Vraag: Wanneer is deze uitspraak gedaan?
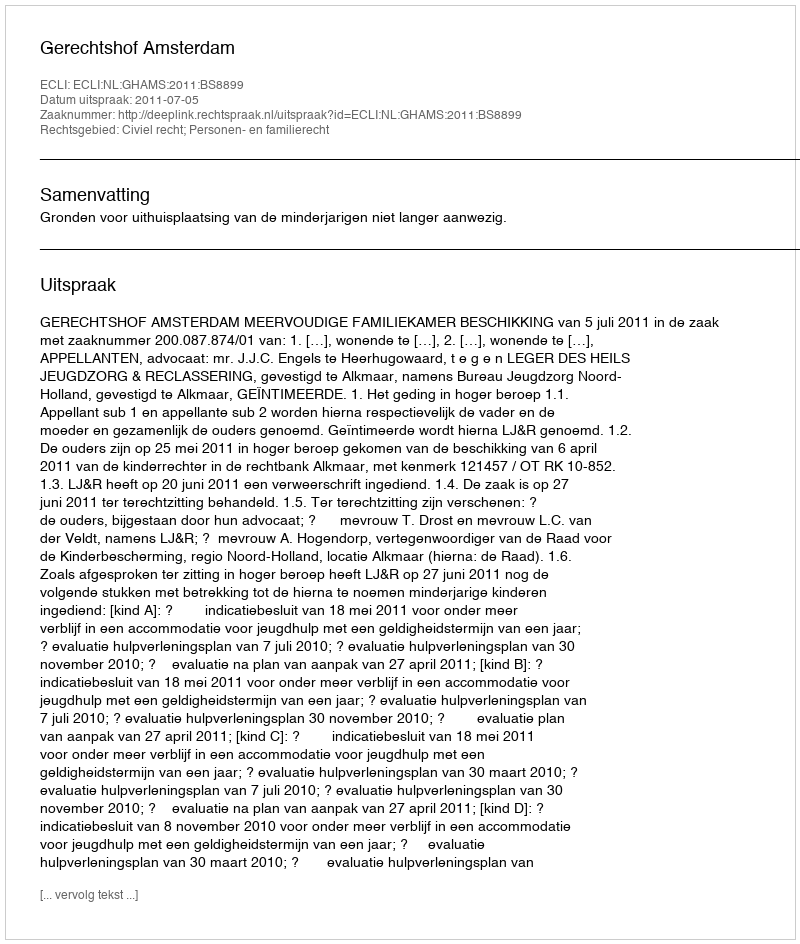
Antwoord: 2011-07-05